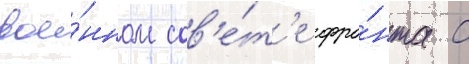
вое́нном сов'е́т'е фро́нта с